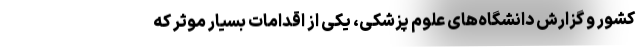
کشور و گزارش دانشگاه‌های علوم پزشکی، یکی از اقدامات بسیار موثر که